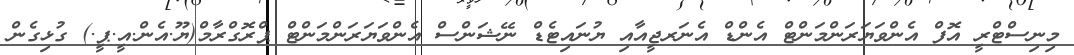
މިނިސްޓްރީ އޮފް އެންވަޔަރަންމަންޓް އެންޑް އެނަރޖީއާއި ޔުނައިޓެޑް ނޭޝަންސް އެންވަޔަރަންމަންޓް ޕްރޮގްރާމް(ޔޫ.އެން.އީ.ޕީ.) ގުޅިގެން